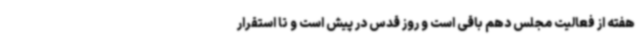
هفته از فعالیت مجلس دهم باقی‌ است و روز قدس در پیش است و تا استقرار